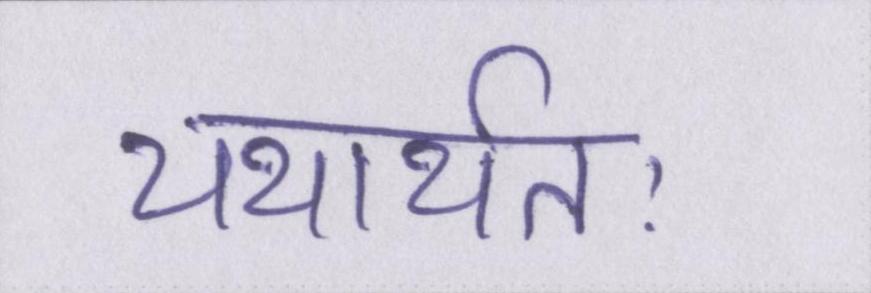
यथार्थतः